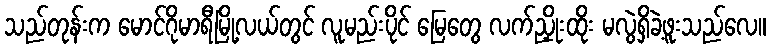
သည်တုန်းက မောင်ဂိုမာရီမြို့လယ်တွင် လူမည်းပိုင် မြေတွေ လက်ညှိုးထိုး မလွဲရှိခဲ့ဖူးသည်လေ။